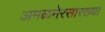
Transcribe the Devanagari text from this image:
अमळनेरसारख्या